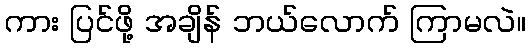
ကား ပြင်ဖို့ အချိန် ဘယ်လောက် ကြာမလဲ။